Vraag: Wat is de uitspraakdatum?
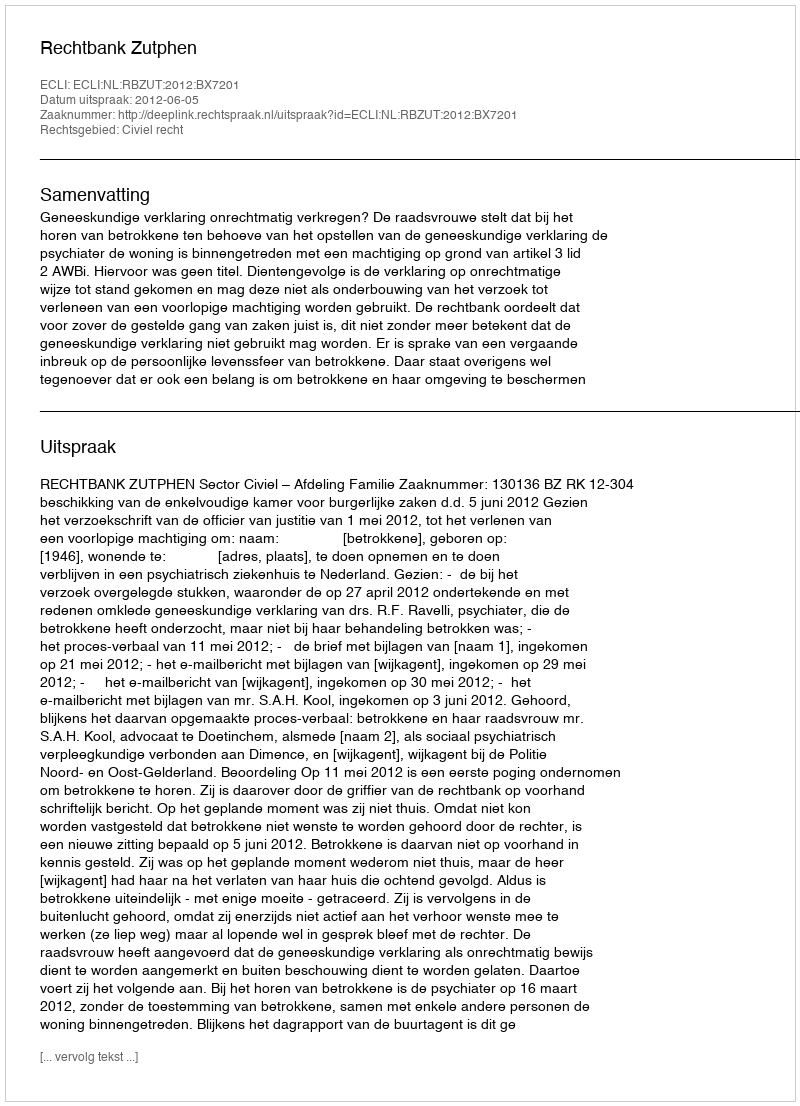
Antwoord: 2012-06-05